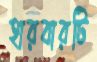
হারবারটি